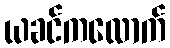
ယခင်ကလောက်